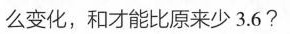
么变化，和才能比原来少3.6?